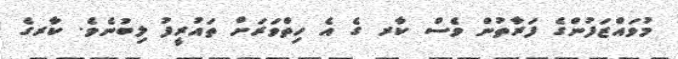
މުވައްޒަފުންގެ ފަރާތުން ވެސް ކާރ ގެ އެ ހިތްވަރަށް ތައުރީފު ލިބުނެވެ. ކާރގެ